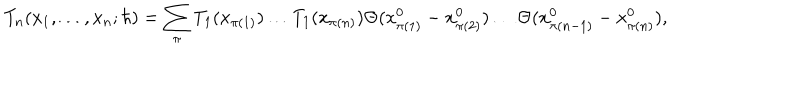
LaTeX: T _ { n } ( x _ { 1 } , \ldots , x _ { n } ; \hbar ) = \sum _ { \pi } T _ { 1 } ( x _ { \pi ( 1 ) } ) \ldots T _ { 1 } ( x _ { \pi ( n ) } ) \Theta ( x _ { \pi ( 1 ) } ^ { 0 } - x _ { \pi ( 2 ) } ^ { 0 } ) \ldots \Theta ( x _ { \pi ( n - 1 ) } ^ { 0 } - x _ { \pi ( n ) } ^ { 0 } ) ,